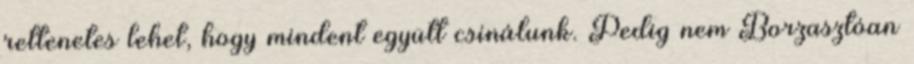
rettenetes lehet, hogy mindent együtt csinálunk. Pedig nem Borzasztóan